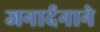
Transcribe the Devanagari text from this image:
जनार्दनाने